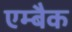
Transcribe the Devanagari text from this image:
एम्बैक